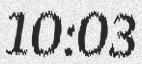
10:03